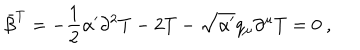
LaTeX: \bar { \beta } ^ { T } = - \frac { 1 } { 2 } \alpha ^ { \prime } \partial ^ { 2 } T - 2 T - \sqrt { \alpha ^ { \prime } } q _ { \mu } \partial ^ { \mu } T = 0 ~ ,